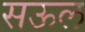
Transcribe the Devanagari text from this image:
सऊल